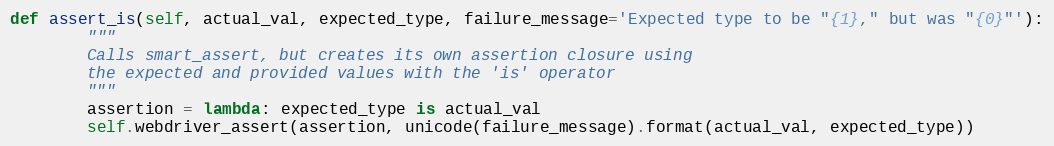
Language: Python
def assert_is(self, actual_val, expected_type, failure_message='Expected type to be "{1}," but was "{0}"'):
        """
        Calls smart_assert, but creates its own assertion closure using
        the expected and provided values with the 'is' operator
        """
        assertion = lambda: expected_type is actual_val
        self.webdriver_assert(assertion, unicode(failure_message).format(actual_val, expected_type))